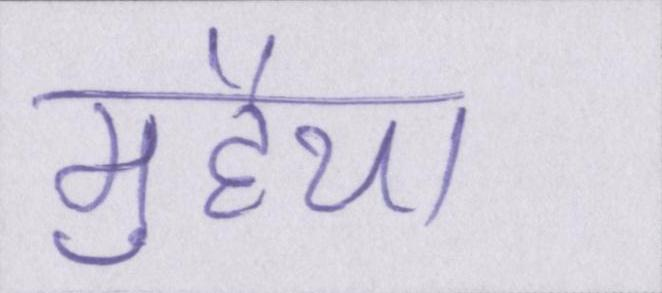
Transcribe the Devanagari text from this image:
मुहैया